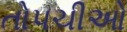
તોપચીઓ